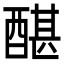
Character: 䤁